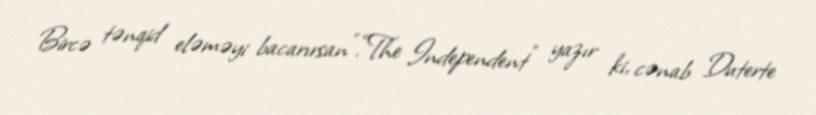
Bircə tənqid eləməyi bacarırsan”.“The Independent” yazır ki, cənab Duterte